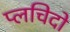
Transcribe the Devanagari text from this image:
प्लचिदो